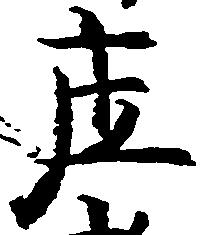
庄